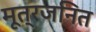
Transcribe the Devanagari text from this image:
मूत्रजनित